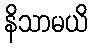
နိသာမယိ